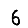
Digit: 6